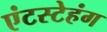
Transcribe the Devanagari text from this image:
एंटस्टेहंग